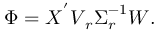
\boldsymbol { \Phi } = \boldsymbol { X } ^ { ' } \boldsymbol { V } _ { r } \boldsymbol { \Sigma } _ { r } ^ { - 1 } \boldsymbol { W } .